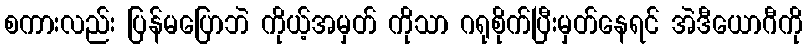
စကားလည်း ပြန်မပြောဘဲ ကိုယ့်အမှတ် ကိုသာ ဂရုစိုက်ပြီးမှတ်နေရင် အဲဒီယောဂီကို